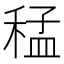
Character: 𮃑